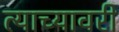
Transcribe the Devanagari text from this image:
त्याच्यावरी